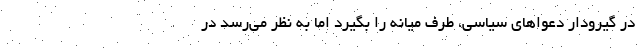
در گیرودار دعواهای سیاسی، طرف میانه را بگیرد اما به نظر می‌رسد در